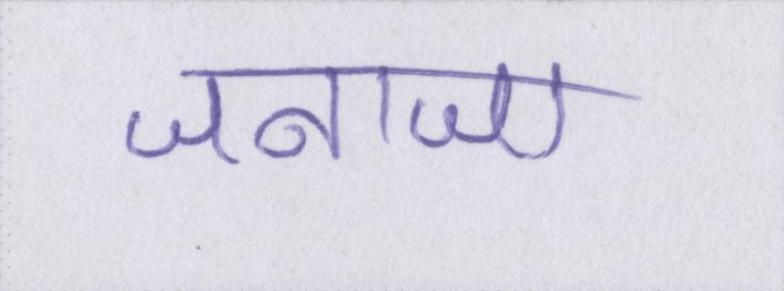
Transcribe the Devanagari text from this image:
जनाजा